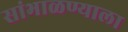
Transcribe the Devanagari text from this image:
सांभाळण्याला